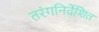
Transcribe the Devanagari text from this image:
तरंगनिर्देशित